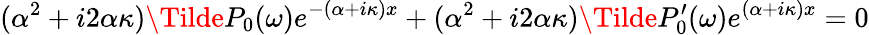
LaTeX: (\alpha^{2}+i2\alpha\kappa)\Tilde{P}_{0}(\omega)e^{-(\alpha+i\kappa)x}+(\alpha^{2}+i2\alpha\kappa)\Tilde{P}_{0}^{\prime}(\omega)e^{(\alpha+i\kappa)x}=0